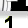
Digit: 1